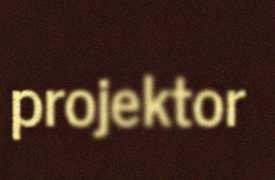
projektor